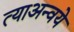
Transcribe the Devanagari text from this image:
त्याअन्वये